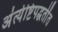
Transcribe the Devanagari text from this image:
अंत्येष्टिपद्धतींत